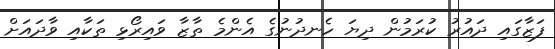
ފަޒާގައި ދައުރު ކުރަމުން ދިޔަ ހެނދުނުގެ އެންމެ ތާޒާ ވައިރޯޅި ތަކާއި ވާދައަށް